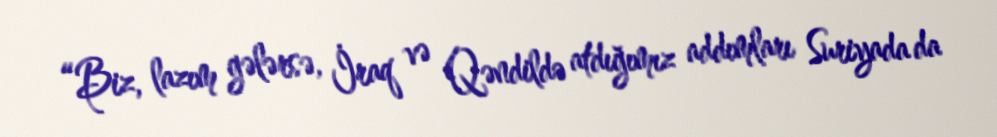
“Biz, lazım gələrsə, İraq və Qəndildə atdığımız addımları Suriyada da